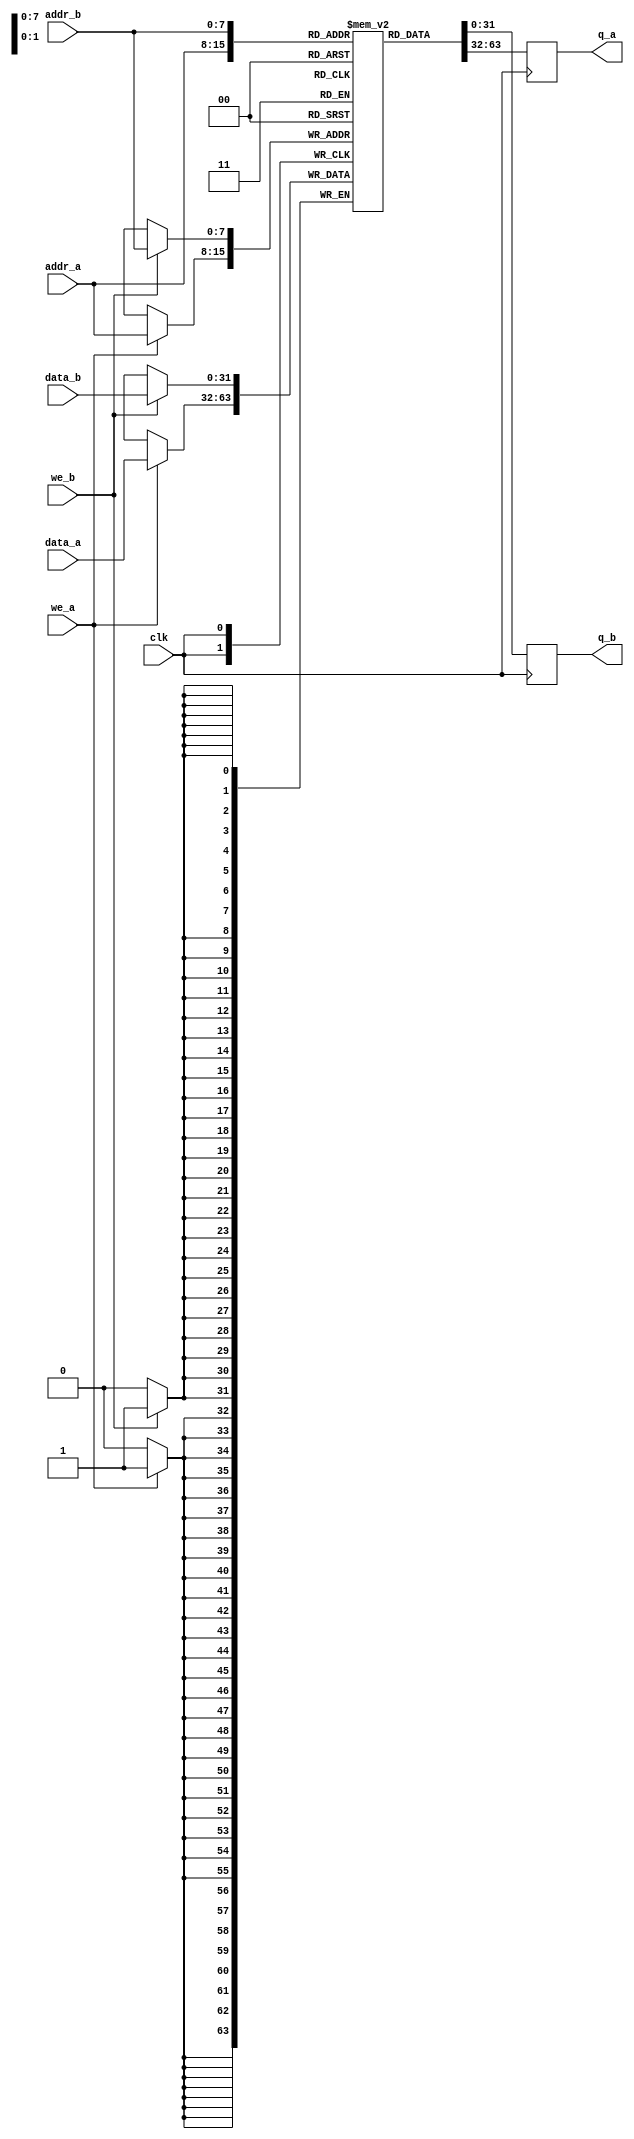
module USPM #(
    parameter ADDR_WIDTH = 8,  // Address width
    parameter DATA_WIDTH = 32,  // Data width
    parameter MEM_SIZE = 256     // Memory size (number of words)
)(
    input wire clk,                          // Clock signal
    input wire [ADDR_WIDTH-1:0] addr_a,     // Address for port A
    input wire [DATA_WIDTH-1:0] data_a,      // Data input for port A
    input wire we_a,                         // Write enable for port A
    output reg [DATA_WIDTH-1:0] q_a,        // Data output for port A

    input wire [ADDR_WIDTH-1:0] addr_b,     // Address for port B
    input wire [DATA_WIDTH-1:0] data_b,      // Data input for port B
    input wire we_b,                         // Write enable for port B
    output reg [DATA_WIDTH-1:0] q_b         // Data output for port B
);

    // Memory array declaration
    reg [DATA_WIDTH-1:0] memory [0:MEM_SIZE-1];

    // Read/Write logic for port A
    always @(posedge clk) begin
        if (we_a) begin
            memory[addr_a] <= data_a; // Write data to memory
        end
        q_a <= memory[addr_a]; // Read data from memory
    end

    // Read/Write logic for port B
    always @(posedge clk) begin
        if (we_b) begin
            memory[addr_b] <= data_b; // Write data to memory
        end
        q_b <= memory[addr_b]; // Read data from memory
    end

endmodule